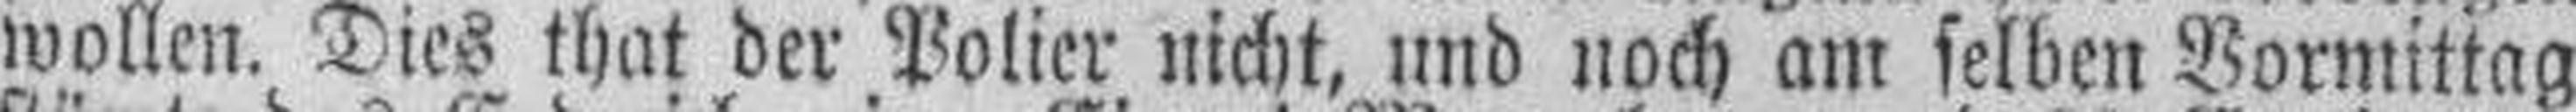
wollen. Dies that der Polier nicht, und noch am selben Vormittag